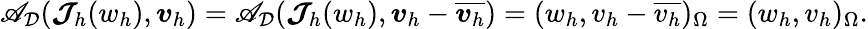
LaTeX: \mathscr{A}_{\mathcal{{D}}}(\boldsymbol{\mathcal{{J}}}_{h}(w_{h}),\boldsymbol{v}_{h})=\mathscr{A}_{\mathcal{{D}}}(\boldsymbol{\mathcal{{J}}}_{h}(w_{h}),\boldsymbol{v}_{h}-\overline{{{\boldsymbol{v}_{h}}}})=(w_{h},v_{h}-\overline{{{v_{h}}}})_{\Omega}=(w_{h},v_{h})_{\Omega}.